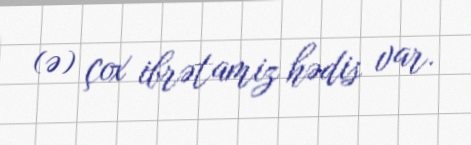
(ə) çox ibrətamiz hədis var.